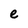
Character: e